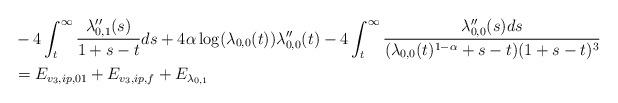
LaTeX: \begin{align*}&-4 \int_{t}^{\infty} \frac{\lambda_{0,1}''(s)}{1+s-t} ds + 4 \alpha \log(\lambda_{0,0}(t)) \lambda_{0,0}''(t) - 4 \int_{t}^{\infty} \frac{\lambda_{0,0}''(s) ds}{(\lambda_{0,0}(t)^{1-\alpha}+s-t)(1+s-t)^{3}}\\&=E_{v_{3},ip,01}+E_{v_{3},ip,f}+E_{\lambda_{0,1}}\end{align*}